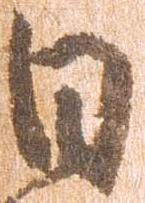
日